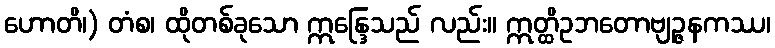
ဟောတိ၊) တံစ၊ ထိုတစ်ခုသော ဣန္ဒြေသည် လည်း။ ဣတ္ထိဥဘတောဗျဉ္ဇနကဿ၊